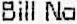
BILL NO